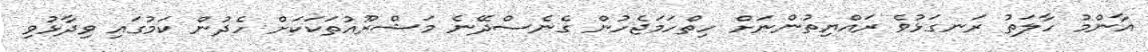
އާންމު ހާލަތު ރަނގަޅުވެ ރައްޔިތުންނަށް ހިތްހަމަޖެހުން ގެނެސްދޭނެ މަޝްރޫއުތަކަކަށް ހެދުން ކަމުގައި ވިދާޅުވި